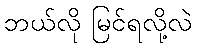
ဘယ်လို မြင်ရလို့လဲ